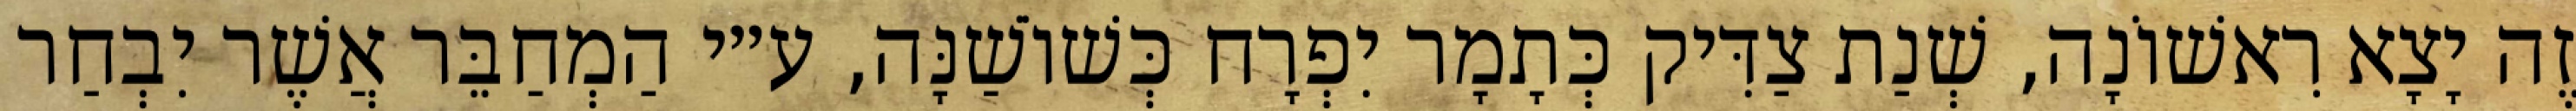
זֶה יָצָא רִאשׁוֹנָה, שְׁנַת צַדִּיק כְּתָמָר יִפְרָח כְּשׁוֹשַׁנָּה, ע״י הַמְחַבֵּר אֲשֶׁר יִבְחַר